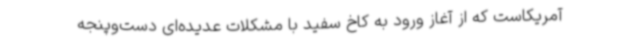
آمریکاست که از آغاز ورود به کاخ سفید با مشکلات عدیده‌ای دست‌وپنجه